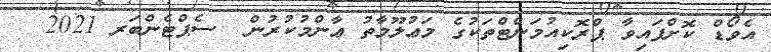
އެވޯޑް ކޮށްފައިވާ ޕްރޮކިއުމަންޓްތަކުގެ މަޢުލޫމާތު ޢާންމުކުރުން  ސެޕްޓެންބަރ 2021